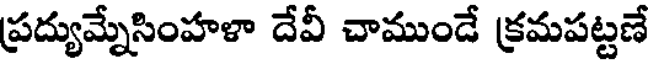
ప్రద్యుమ్నేసింహళా దేవీ చాముండే క్రమపట్టణే